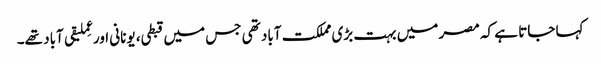
کہا جاتا ہے کہ مصر میں بہت بڑی مملکت آباد تھی جس میں قبطی، یونانی اور عِملیقی آباد تھے۔